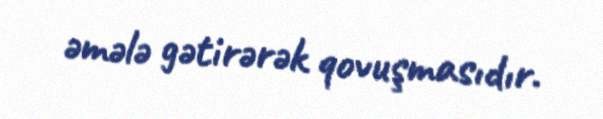
əmələ gətirərək qovuşmasıdır.